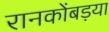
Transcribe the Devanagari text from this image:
रानकोंबड़या